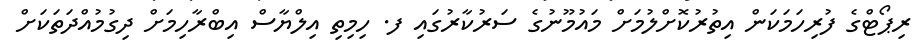
ރިޕޯޓްގެ ފުރިހަމަކަން އިތުރުކޮށްލުމަށް މައުމޫނުގެ ސަރުކާރުގައި ފ. ހިމިތި އިލްޔާސް އިބްރާހިމަށް ދިގުމުއްދަތަކަށް